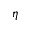
\eta